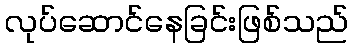
လုပ်ဆောင်နေခြင်းဖြစ်သည်